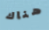
هناك